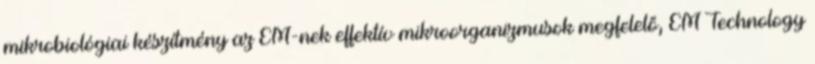
mikrobiológiai készítmény az EM-nek effektív mikroorganizmusok megfelelő, EM Technology